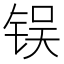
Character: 𬭌